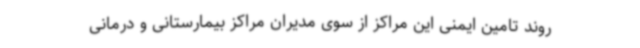
روند تامین ایمنی این مراکز از سوی مدیران مراکز بیمارستانی و درمانی